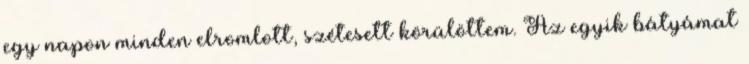
egy napon minden elromlott, szétesett körülöttem. Az egyik bátyámat